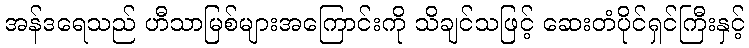
အန်ဒရေသည် ဟီသာမြစ်များအကြောင်းကို သိချင်သဖြင့် ဆေးတံပိုင်ရှင်ကြီးနှင့်